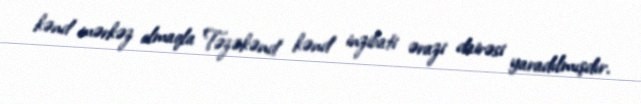
kənd mərkəz olmaqla Təzəkənd kənd inzibati ərazi dairəsi yaradılmışdır.